Annual report on the Civil Veterinary Department, Burma (including the Insein Veterinary School) - 1923-1931
Year: 1923
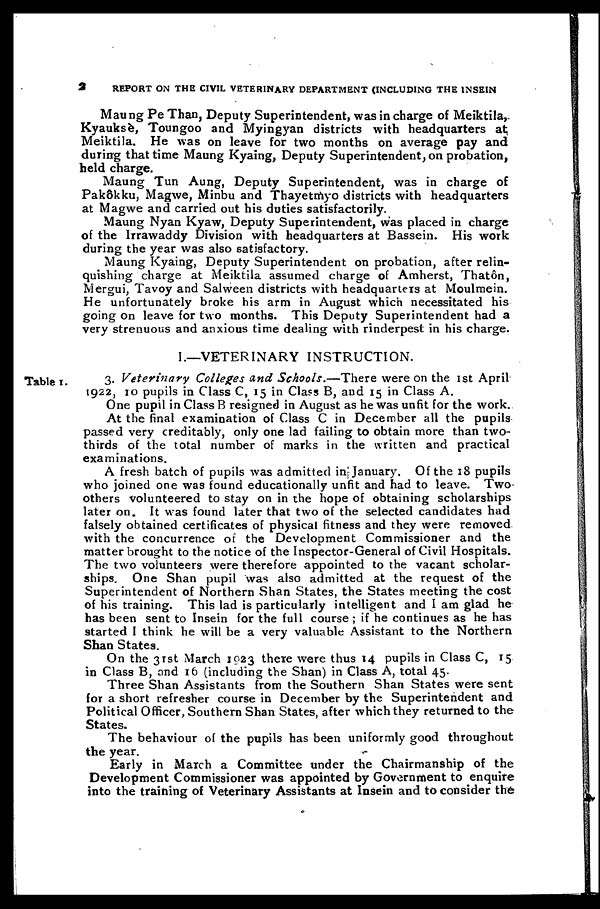
2
REPORT ON THE CIVIL VETERINARY DEPARTMENT (INCLUDING THE INSEIN
Maung Pe Than, Deputy Superintendent, was in charge of Meiktila,
Kyauksè, Toungoo and Myingyan districts with headquarters at
Meiktila. He was on leave for two months on average pay and
during that time Maung Kyaing, Deputy Superintendent, on probation,
held charge.
Maung Tun Aung, Deputy Superintendent, was in charge of
Pak&kku, Magwe, Minbu and Thayetmyo districts with headquarters
at Magwe and carried out his duties satisfactorily.
Maung Nyan Kyaw, Deputy Superintendent, was placed in charge
of the Irrawaddy Division with headquarters at Bassein. His work
during the year was also satisfactory.
Maung Kyaing, Deputy Superintendent on probation, after relin-
quishing charge at Meiktila assumed charge of Amherst, Thatôn,
Mergui, Tavoy and Salween districts with headquarters at Moulmein.
He unfortunately broke his arm in August which necessitated his
going on leave for two months. This Deputy Superintendent had a
very strenuous and anxious time dealing with rinderpest in his charge.
I.—VETERINARY INSTRUCTION.
Table I.
3. Veterinary Colleges And Schools.—There were on the 1st April
1922, 10 pupils in Class C, 15 in Class B, and 15 in Class A.
One pupil in Class B resigned in August as he was unfit for the work.
At the final examination of Class C in December all the pupils
passed very creditably, only one lad failing to obtain more than two-
thirds of the total number of marks in the written and practical
examinations.
A fresh batch of pupils was admitted in January. Of the 18 pupils
who joined one was found educationally unfit and had to leave. Two
others volunteered to stay on in the hope of obtaining scholarships
later on. It was found later that two of the selected candidates had
falsely obtained certificates of physical fitness and they were removed
with the concurrence of the Development Commissioner and the
matter brought to the notice of the Inspector-General of Civil Hospitals.
The two volunteers were therefore appointed to the vacant scholar-
ships. One Shan pupil was also admitted at the request of the
Superintendent of Northern Shan States, the States meeting the cost
of his training. This lad is particularly intelligent and I am glad he
has been sent to Insein for the full course ; if he continues as he has
started I think he will be a very valuable Assistant to the Northern
Shan States.
On the 31st March 1023 there were thus 14 pupils in Class C, 15
in Class B, and 16 (including the Shan) in Class A, total 45.
Three Shan Assistants from the Southern Shan States were sent
for a short refresher course in December by the Superintendent and
Political Officer, Southern Shan States, after which they returned to the
States.
The behaviour of the pupils has been uniformly good throughout
the year.
Early in March a Committee under the Chairmanship of the
Development Commissioner was appointed by Government to enquire
into the training of Veterinary Assistants at Insein and to consider the